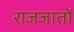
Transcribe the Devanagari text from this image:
राजजातों